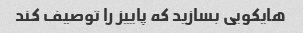
هایکویی بسازید که پاییز را توصیف کند